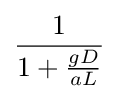
{\frac {1}{1+{\frac {gD}{aL}}}}